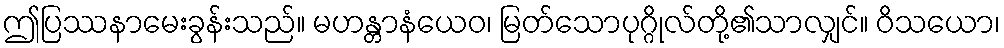
ဤပြဿနာမေးခွန်းသည်။ မဟန္တာနံယေဝ၊ မြတ်သောပုဂ္ဂိုလ်တို့၏သာလျှင်။ ဝိသယော၊